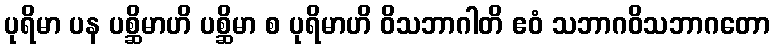
ပုရိမာ ပန ပစ္ဆိမာဟိ ပစ္ဆိမာ စ ပုရိမာဟိ ဝိသဘာဂါတိ ဧဝံ သဘာဂဝိသဘာဂတော